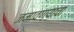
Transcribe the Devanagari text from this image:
जमावण्याचा